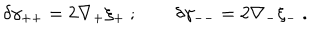
LaTeX: \delta \gamma _ { + + } = 2 \nabla _ { + } \xi _ { + } ~ ; \qquad \delta \gamma _ { -- } = 2 \nabla _ { - } \xi _ { - } ~ .